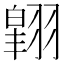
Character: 𮋉